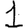
Digit: 1